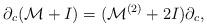
LaTeX: \begin{align*}\partial_c(\mathcal{M}+I)=(\mathcal{M}^{(2)}+2I)\partial_c,\end{align*}